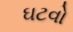
ઘટવો